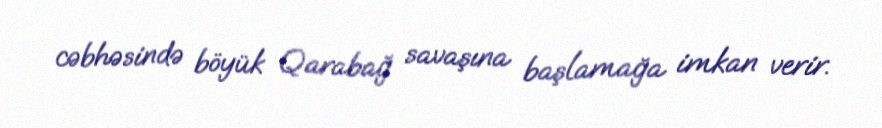
cəbhəsində böyük Qarabağ savaşına başlamağa imkan verir.